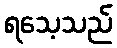
ရသေ့သည်